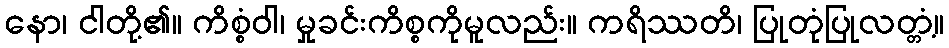
နော၊ ငါတို့၏။ ကိစ္စံဝါ၊ မှုခင်းကိစ္စကိုမူလည်း။ ကရိဿတိ၊ ပြုတုံပြုလတ္တံ့။